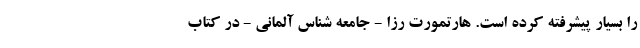
را بسیار پیشرفته کرده است. هارتمورت رزا - جامعه شناس آلمانی - در کتاب